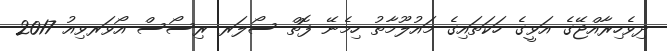
ދިވެހިރާއްޖޭގެ އަވީގެ ހަކަތައިގެ މައުލޫމާތު ހިމެނޭ ފޮތް ސޯލަރ ރިސޯސް އޯވަރވިއު 2017